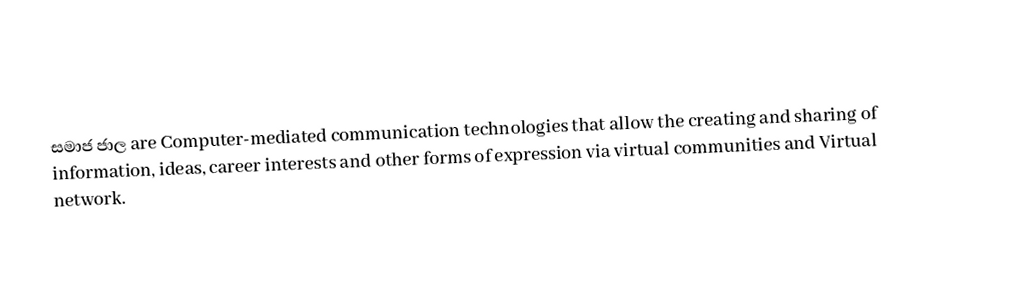
සමාජ ජාල are Computer-mediated communication technologies that allow the creating and sharing of information, ideas, career interests and other forms of expression via virtual communities and Virtual network.